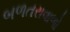
બળતરાવાળો